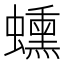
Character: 䗼